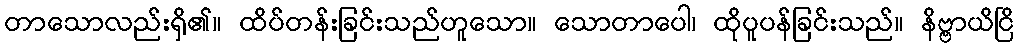
တာသောလည်းရှိ၏။ ထိပ်တန်းခြင်းသည်ဟူသော။ သောတာပေါ၊ ထိုပူပန်ခြင်းသည်။ နိဗ္ဗာယိငြိ